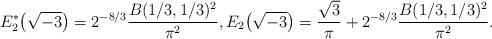
LaTeX: \begin{gather*}E_2^\ast\big(\sqrt{-3}\big)=2^{-8/3}\frac{B(1/3,1/3)^2}{\pi^2}, E_2\big(\sqrt{-3}\big)=\frac{\sqrt{3}}{\pi}+2^{-8/3}\frac{B(1/3,1/3)^2}{\pi^2}.\end{gather*}